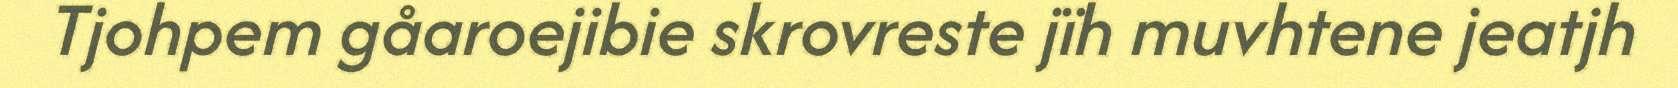
Tjohpem gåaroejibie skrovreste jïh muvhtene jeatjh